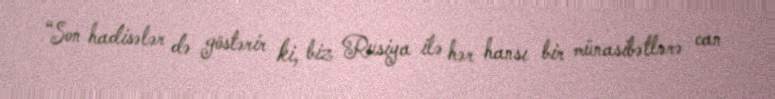
“Son hadisələr də göstərir ki, biz Rusiya ilə hər hansı bir münasibətlərə can